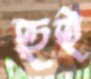
হুই